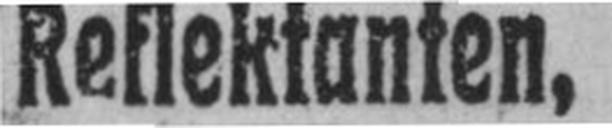
Reflektanten,